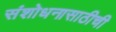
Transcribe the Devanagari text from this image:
संशोधनासाठीची